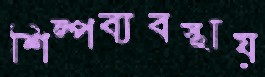
শিল্পব্যবস্থায়